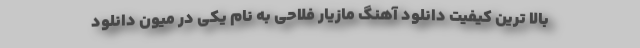
بالا ترین کیفیت دانلود آهنگ مازیار فلاحی به نام یکی در میون دانلود